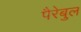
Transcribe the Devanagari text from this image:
पैरेबुल